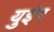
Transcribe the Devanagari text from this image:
युइंग